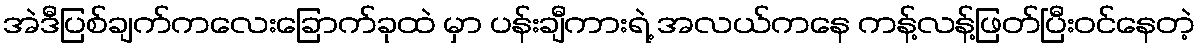
အဲဒီပြစ်ချက်ကလေးခြောက်ခုထဲ မှာ ပန်းချီကားရဲ့ အလယ်ကနေ ကန့်လန့်ဖြတ်ပြီးဝင်နေတဲ့